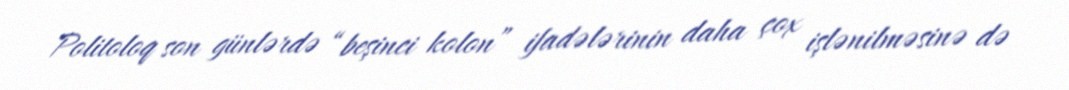
Politoloq son günlərdə “beşinci kolon” ifadələrinin daha çox işlənilməsinə də